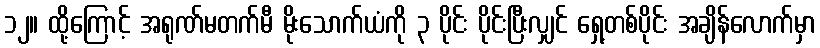
၁၂။ ထို့ကြောင့် အရုဏ်မတက်မီ မိုးသောက်ယံကို ၃ ပိုင်း ပိုင်းပြီးလျှင် ရှေ့တစ်ပိုင်း အချိန်လောက်မှာ